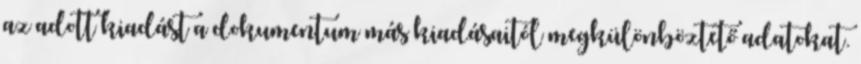
az adott kiadást a dokumentum más kiadásaitól megkülönböztető adatokat.